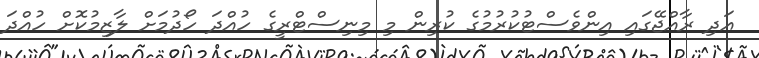
އަދި ރާއްޖޭގައި އިންވެސްޓުކުރުމުގެ ކުރިން މި މިނިސްޓްރީގެ ހުއްދަ ހޯދުމަށް ލާޒިމުކޮށް ހުއްދަ